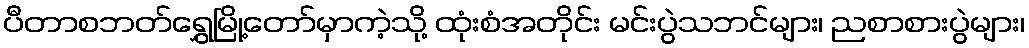
ပီတာစဘတ်ရွှေမြို့တော်မှာကဲ့သို့ ထုံးစံအတိုင်း မင်းပွဲသဘင်များ၊ ညစာစားပွဲများ၊